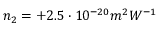
n _ { 2 } = + 2 . 5 \cdot 1 0 ^ { - 2 0 } m ^ { 2 } W ^ { - 1 }